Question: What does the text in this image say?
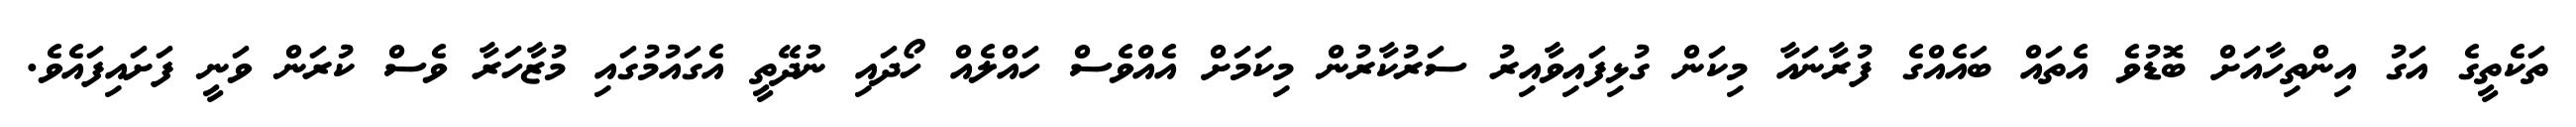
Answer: ތަކެތީގެ އަގު އިންތިހާއަށް ބޮޑުވެ އެތައް ބައެއްގެ ފުރާނައާ މިކަން ގުޅިފައިވާއިރު ސަރުކާރުން މިކަމަށް އެއްވެސް ހައްލެއް ހޯދައި ނުދޭތީ އެގައުމުގައި މުޒާހަރާ ވެސް ކުރަން ވަނީ ފަށައިފައެވެ.